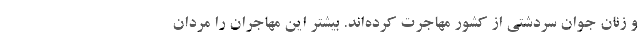
و زنان جوان سردشتی از کشور مهاجرت کرده‌اند. بیشتر این مهاجران را مردان